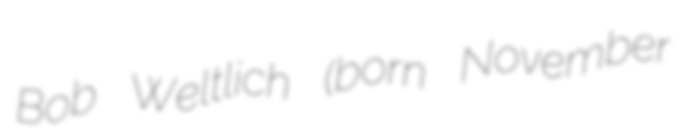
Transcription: Bob Weltlich (born November